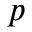
p